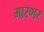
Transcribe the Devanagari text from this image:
मारणर